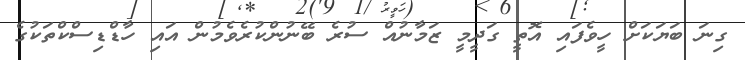
ގިނަ ބަޔަކަށް ހީވެފައި އޮތީ ގަދީމީ ޒަމާނުއް ސުރެ ބޭނުންކުރެވެމުން އައި ހާޑްޑިސްކްތަކުގެ